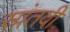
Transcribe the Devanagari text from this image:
सांतवी